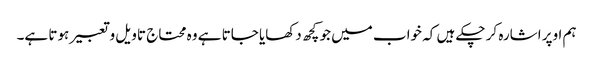
ہم اوپر اشارہ کر چکے ہیں کہ خواب میں جو کچھ دکھایا جاتا ہے وہ محتاج تاویل و تعبیر ہوتا ہے۔